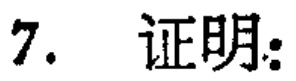
7. 证明：